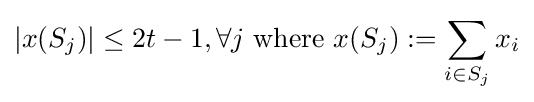
|x(S_{j})|\leq 2t-1,\forall j{\text{ where }}x(S_{j}):=\sum _{i\in S_{j}}x_{i}